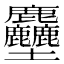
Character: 𪋻